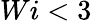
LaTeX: Wi<3